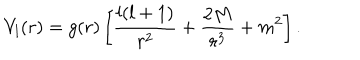
V _ { l } ( r ) = g ( r ) \left[ { \frac { l ( l + 1 ) } { r ^ { 2 } } } + { \frac { 2 M } { r ^ { 3 } } } + m ^ { 2 } \right] .